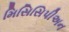
મિસિસિપીઅન